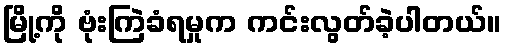
မြို့ကို ဗုံးကြဲခံရမှုက ကင်းလွတ်ခဲ့ပါတယ်။